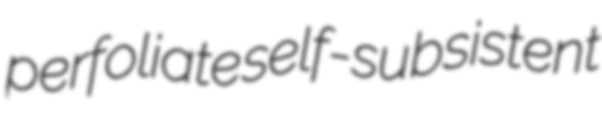
perfoliate self-subsistent